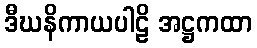
ဒီဃနိကာယပါဠိ အဋ္ဌကထာ